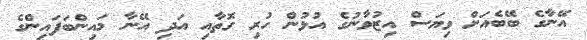
އޭނާގެ ބޭބެއަށް ވިޔަސް އިޒުވާނުގެ އުޅުން ހުރި ގޮތާއި އަދި އޭނާ މައިންބަފައިންގެ